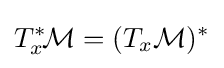
T_{x}^{*}\!{\mathcal {M}}=(T_{x}{\mathcal {M}})^{*}